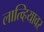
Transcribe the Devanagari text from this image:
लात्व्हियावर